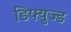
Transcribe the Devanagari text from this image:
डिफ्युज्ड